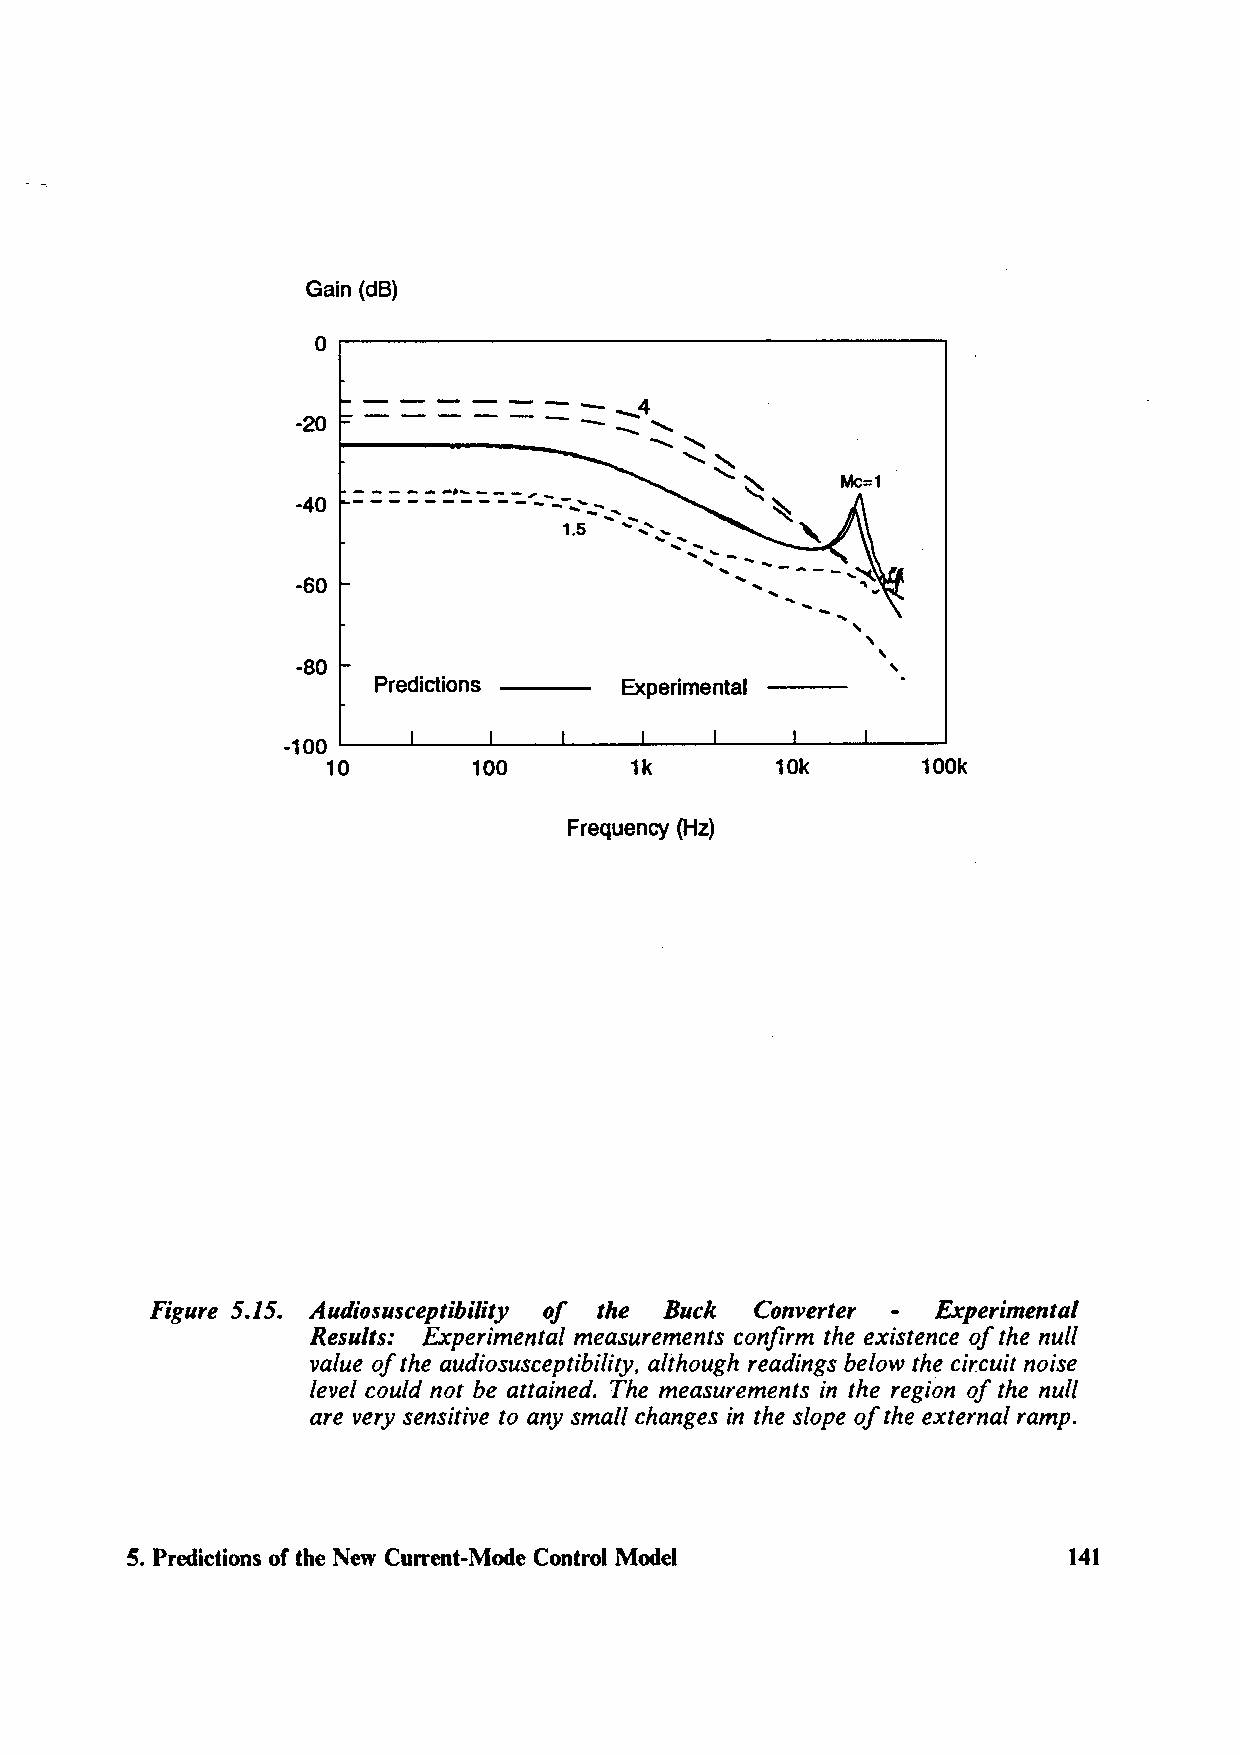
Gain (dB)
 o~----------------------.
 -20
 -·-    --
 -----    ---    _
 -40            ,  ........ .... . .' ....
 1.5 ','.,..... .. . ... -
 ... ... --
 ' ...... ----...
 ... ... ~
 -60                                  '\ .,
 ......
 '
 '
 '
 -80                                    '
 Predictions     Experimental
 -100
 L..-_ __,__ __ .___ _. ___ _.,__ _. ....__ __ ..___ __.__ __ _.
 10       100        1k       10k       100k
 Frequency (Hz)
 Figure 5.15. Audiosusceptibility of the Buck Converter Experimental
 Results: Experimental measurements confirm the existence of the null
 value of the audiosusceptibility, although readings below the circuit noise
 level could not be attained. The measurements in the region of the null
 are very sensitive to any small changes in the slope of the external ramp.
 5. Predictions of the New Current-Mode Control Model           141